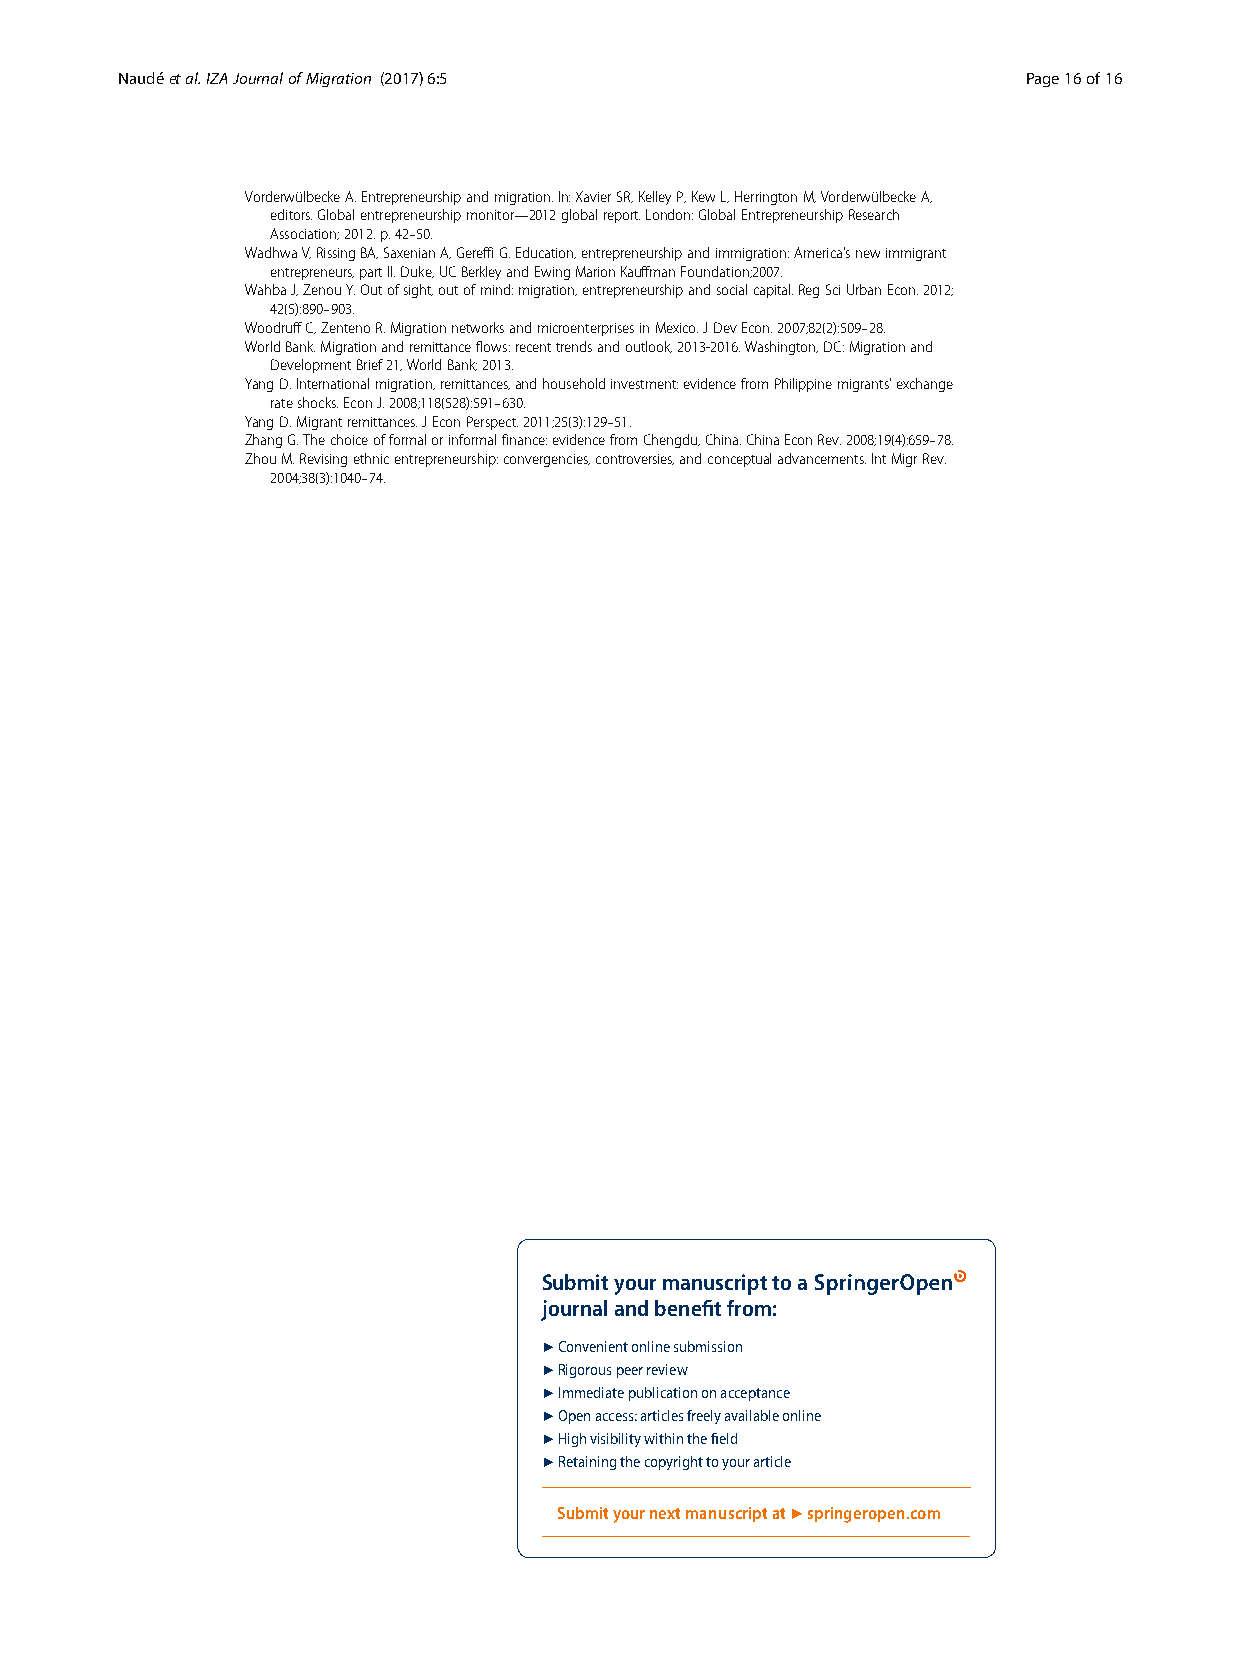
Naudéetal.IZAJournalofMigration (2017) 6:5                  Page16of16
 VorderwülbeckeA.Entrepreneurshipandmigration.In:XavierSR,KelleyP,KewL,HerringtonM,VorderwülbeckeA,
 editors.Globalentrepreneurshipmonitor—2012globalreport.London:GlobalEntrepreneurshipResearch
 Association;2012.p.42–50.
 WadhwaV,RissingBA,SaxenianA,GereffiG.Education,entrepreneurshipandimmigration:America’snewimmigrant
 entrepreneurs,partII.Duke,UCBerkleyandEwingMarionKauffmanFoundation;2007.
 WahbaJ,ZenouY.Outofsight,outofmind:migration,entrepreneurshipandsocialcapital.RegSciUrbanEcon.2012;
 42(5):890–903.
 WoodruffC,ZentenoR.MigrationnetworksandmicroenterprisesinMexico.JDevEcon.2007;82(2):509–28.
 WorldBank.Migrationandremittanceflows:recenttrendsandoutlook,2013-2016.Washington,DC:Migrationand
 DevelopmentBrief21,WorldBank;2013.
 YangD.Internationalmigration,remittances,andhouseholdinvestment:evidencefromPhilippinemigrants’exchange
 rateshocks.EconJ.2008;118(528):591–630.
 YangD.Migrantremittances.JEconPerspect.2011;25(3):129–51.
 ZhangG.Thechoiceofformalorinformalfinance:evidencefromChengdu,China.ChinaEconRev.2008;19(4):659–78.
 ZhouM.Revisingethnicentrepreneurship:convergencies,controversies,andconceptualadvancements.IntMigrRev.
 2004;38(3):1040–74.
 Submit your manuscript to a
 journal and benefi t from:
 7 Convenient online submission
 7 Rigorous peer review
 7 Immediate publication on acceptance
 7 Open access: articles freely available online
 7 High visibility within the fi eld
 7 Retaining the copyright to your article
 Submit your next manuscript at 7 springeropen.com